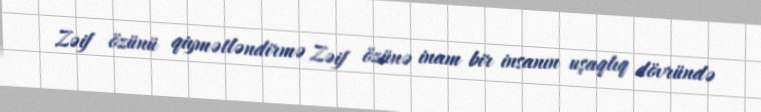
Zəif özünü qiymətləndirmə Zəif özünə inam bir insanın uşaqlıq dövründə